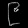
Digit: ၉